Annual administration report of the Civil Veterinary Department of India - 1894-1895
Year: 1894
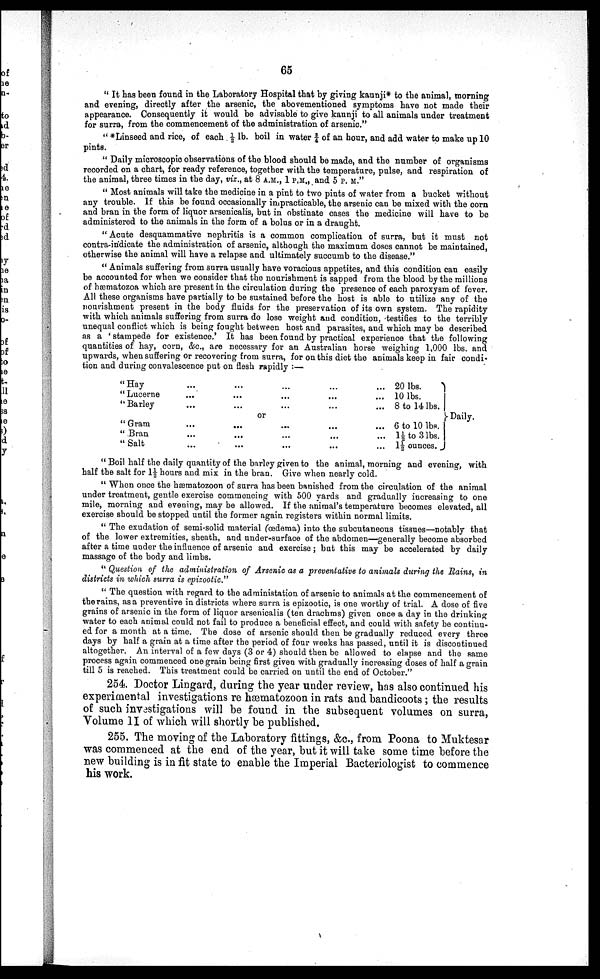
65
"It has been found in the Laboratory Hospital that by giving kaunji* to the animal, morning
and evening, directly after the arsenic, the abovementioned symptoms have not made their
appearance. Consequently it would be advisable to give kaunji to all animals under treatment
for surra, from the commencement of the administration of arsenic."
" * Linseed and rice, of each ½ lb. boil in water ¾ of an hour, and add water to make up 10
pints.
" Daily microscopic observations of the blood should be made, and the number of organisms
recorded on a chart, for ready reference, together with the temperature, pulse, and respiration of
the animal, three times in the day, viz., at 8 A.M., 1 P.M., and 5 P.M."
" Most animals will take the medicine in a pint to two pints of water from a bucket without
any trouble. If this be found occasionally impracticable, the arsenic can be mixed with the corn
and bran in the form of liquor arsenicalis, but in obstinate cases the medicine will have to be
administered to the animals in the form of a bolus or in a draught.
" Acute desquammative nephritis is a common complication of surra, but it must not
contra-indicate the administration of arsenic, although the maximum doses cannot be maintained,
otherwise the animal will have a relapse and ultimately succumb to the disease."
" Animals suffering from surra usually have voracious appetites, and this condition can easily
be accounted for when we consider that the nourishment is sapped from the blood by the millions
of hæmatozoa which are present in the circulation during the presence of each paroxysm of fever.
All these organisms have partially to be sustained before the host is able to utilize any of the
nourishment present in the body fluids for the preservation of its own system. The rapidity
with which animals suffering from surra do lose weight and condition, -testifies to the terribly
unequal conflict which is being fought between host and parasites, and which may be described
as a 'stampede for existence.' It has been found by practical experience that the following
quantities of hay, corn, &c., are necessary for an Australian horse weighing 1,000 lbs. and
upwards, when suffering or recovering from surra, for on this diet the animals keep in fair condi-
tion and during convalescence put on flesh rapidly :—
"Hay
" Lucerne
" Barley
" Gram
" Bran
" Salt
...
...
...
...
...
...
...
...
...
...
...
...
or
...
...
...
...
...
...
...
...
...
...
...
...
...
...
...
...
...
20 lbs.
10 lbs.
8 to 14 lbs.
6 to 10 lbs.
1½ to 3 lbs.
1½ ounces.
Daily.
" Boil half the daily quantity of the barley given to the animal, morning and evening, with
half the salt for 1½ hours and mix in the bran. Give when nearly cold.
" When once the hæmatozoon of surra has been banished from the circulation of the animal
under treatment, gentle exercise commencing with 500 yards and gradually increasing to one
mile, morning and evening, may be allowed. If the animal's temperature becomes elevated, all
exercise should be stopped until the former again registers within normal limits.
" The exudation of semi-solid material (œdema) into the subcutaneous tissues—notably that
of the lower extremities, sheath, and under-surface of the abdomen—generally become absorbed
after a time under the influence of arsenic and exercise; but this may be accelerated by daily
massage of the body and limbs.
" Question of the administration of Arsenic as a preventative to animals during the Rains, in
districts in which surra is epizootic."
" The question with regard to the administation of arsenic to animals at the commencement of
the rains, as a preventive in districts where surra is epizootic, is one worthy of trial. A dose of five
grains of arsenic in the form of liquor arsenicalis (ten drachms) given once a day in the drinking
water to each animal could not fail to produce a beneficial effect, and could with safety be continu-
ed for a month at a time. The dose of arsenic should then be gradually reduced every three
days by half a grain at a time after the period of four weeks has passed, until it is discontinued
altogether. An interval of a few days (3 or 4) should then be allowed to elapse and the same
process again commenced one grain being first given with gradually increasing doses of half a grain
till 5 is reached. This treatment could be carried on until the end of October."
254. Doctor Lingard, during the year under review, has also continued his
experimental investigations re hæmatozoon in rats and bandicoots ; the results
of such investigations will be found in the subsequent volumes on surra,
Volume II of which will shortly be published.
255. The moving of the Laboratory fittings, &c., from Poona to Muktesar
was commenced at the end of the year, but it will take some time before the
new building is in fit state to enable the Imperial Bacteriologist to commence
his work.